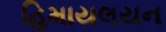
હિમાયલયન